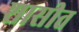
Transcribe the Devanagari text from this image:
शासीत